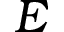
E